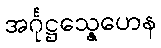
အင်္ဂုဋ္ဌသ္နေဟေန